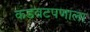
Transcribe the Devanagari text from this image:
कडवटपणाला